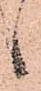
か